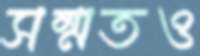
সম্মতও